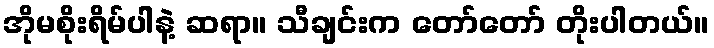
အိုမစိုးရိမ်ပါနဲ့ ဆရာ။ သီချင်းက တော်တော် တိုးပါတယ်။